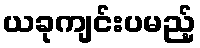
ယခုကျင်းပမည့်